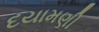
દયામણી